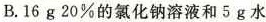
B. 16g 20%的氯化钠溶液和5g水